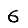
Digit: 6